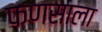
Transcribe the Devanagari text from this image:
फणसाला